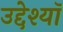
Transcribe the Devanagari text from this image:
उद्देश्यॉ